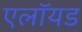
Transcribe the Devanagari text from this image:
एलॉयड